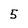
Character: 5